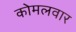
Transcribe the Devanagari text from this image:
काेमलवार